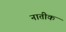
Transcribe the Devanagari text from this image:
नातीक